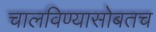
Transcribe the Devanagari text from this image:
चालविण्यासोबतच